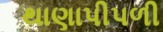
થાણાપીપળી